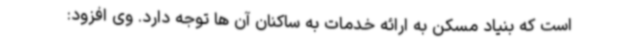
است که بنیاد مسکن به ارائه خدمات به ساکنان آن ها توجه دارد. وی افزود: